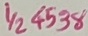
Text: 1/24538